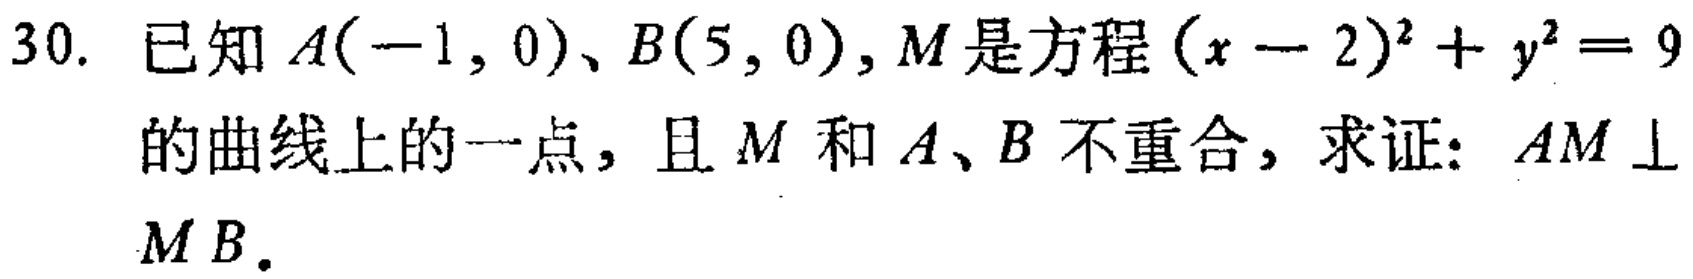
30. 已知\(A(-1,0)\)、\(B(5,0)\), \(M\)是方程\((x - 2)^{2}+y^{2}=9\)的曲线上的一点，且\(M\)和\(A\)、\(B\)不重合，求证：\(AM\perp MB\)。